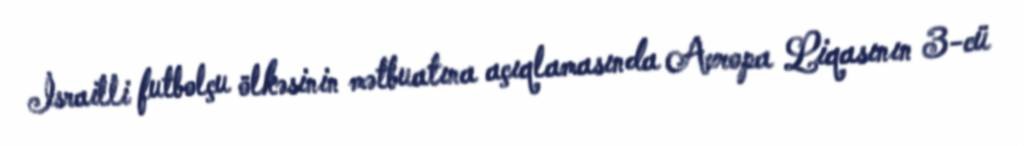
İsrailli futbolçu ölkəsinin mətbuatına açıqlamasında Avropa Liqasının 3-cü